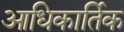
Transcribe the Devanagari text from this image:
आधिकार्तिक